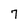
Character: 7